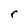
Character: r